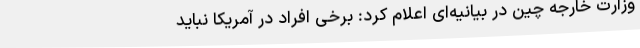
وزارت خارجه چین در بیانیه‌ای اعلام کرد: برخی افراد در آمریکا نباید